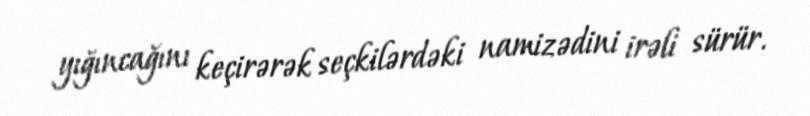
yığıncağını keçirərək seçkilərdəki namizədini irəli sürür.